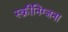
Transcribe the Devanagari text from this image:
स्क्रीनिंग्जना